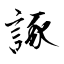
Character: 諑